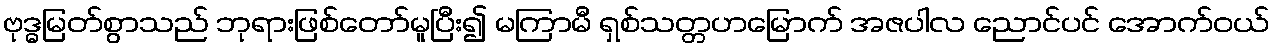
ဗုဒ္ဓမြတ်စွာသည် ဘုရားဖြစ်တော်မူပြီး၍ မကြာမီ ရှစ်သတ္တဟမြောက် အဇပါလ ညောင်ပင် အောက်ဝယ်